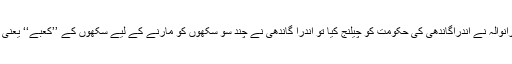
لیکن جب سنت جرنیل سنگھ بھنڈرانوالہ نے اندراگاندھی کی حکومت کو چیلنج کیا تو اندرا گاندھی نے چند سو سکھوں کو مارنے کے لیے سکھوں کے ’’کعبے‘‘ یعنی گولڈن ٹیمپل پر فوج کشی کرڈالی۔